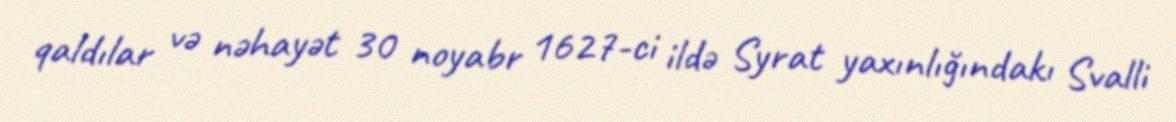
qaldılar və nəhayət 30 noyabr 1627-ci ildə Syrat yaxınlığındakı Svalli